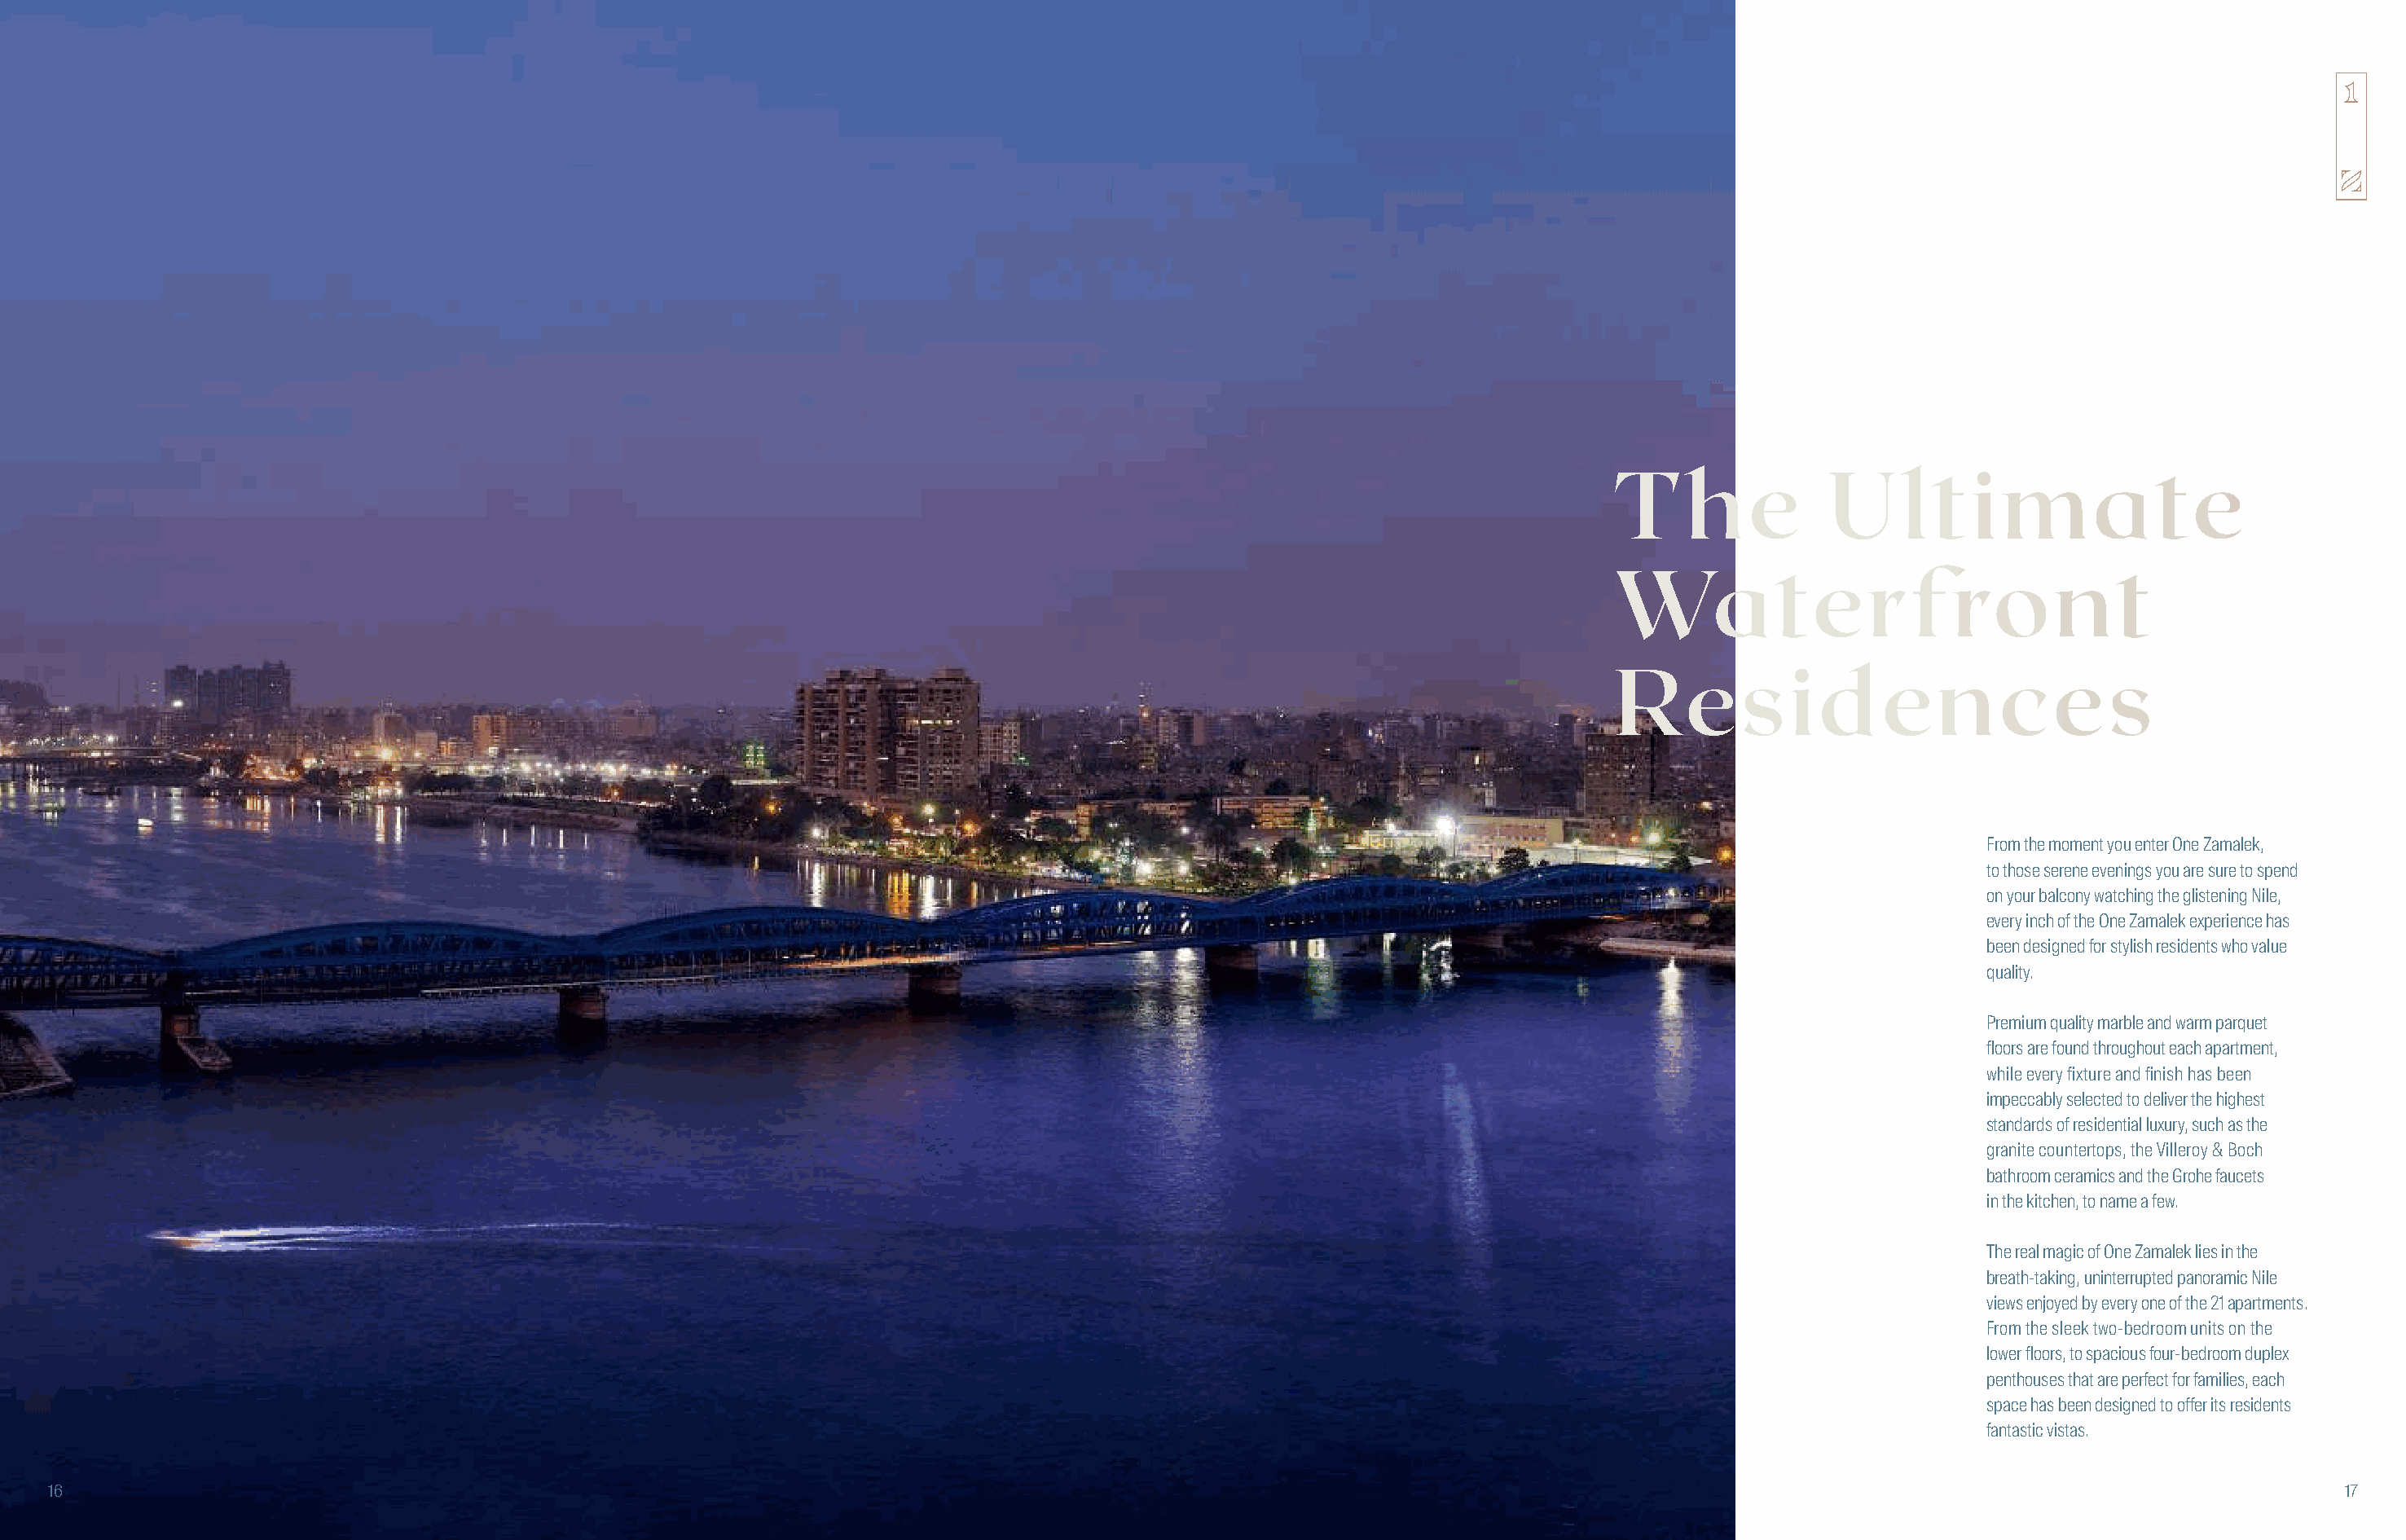
The              Ultimate
 Waterfront
 Residences
 From the moment you enter One Zamalek,
 to those serene evenings you are sure to spend
 on your balcony watching the glistening Nile,
 every inch of the One Zamalek experience has
 been designed for stylish residents who value
 quality.
 Premium quality marble and warm parquet
 floors are found throughout each apartment,
 while every fixture and finish has been
 impeccably selected to deliver the highest
 standards of residential luxury, such as the
 granite countertops, the Villeroy & Boch
 bathroom ceramics and the Grohe faucets
 in the kitchen, to name a few.
 The real magic of One Zamalek lies in the
 breath-taking, uninterrupted panoramic Nile
 views enjoyed by every one of the 21 apartments.
 From the sleek two-bedroom units on the
 lower floors, to spacious four-bedroom duplex
 penthouses that are perfect for families, each
 space has been designed to offer its residents
 fantastic vistas.
 16                                                                                                                                                                                         17